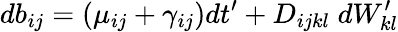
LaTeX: db_{ij}=(\mu_{ij}+\gamma_{ij})dt^{\prime}+D_{ijkl}\; dW_{kl}^{\prime}